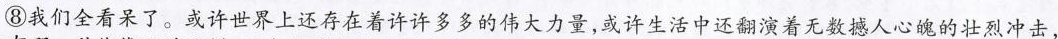
⑧我们全看呆了。或许世界上还存在着许许多多的伟大力量，或许生活中还翻演着无数撼人心魄的壮烈冲击，